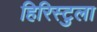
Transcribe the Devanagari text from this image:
हिरिस्टुला